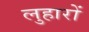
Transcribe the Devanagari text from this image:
लुहारों